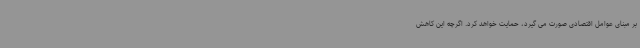
بر مبنای عوامل اقتصادی صورت می گیرد، حمایت خواهد کرد. اگرچه این کاهش